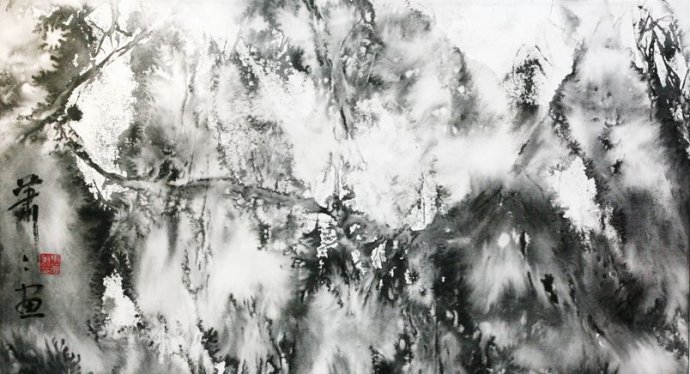
马萧萧，人去去，陇云愁。